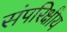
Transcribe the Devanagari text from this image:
संपरिक्षीय